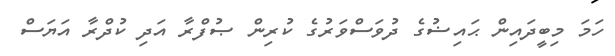
ހަމަ މިބީދައިން ޙައިޟުގެ ދުވަސްވަރުގެ ކުރިން ޞުފްރާ އަދި ކުދްރާ އަޔަސް